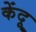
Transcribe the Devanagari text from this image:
केंदू